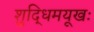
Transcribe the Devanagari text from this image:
शुद्धिमयूखः